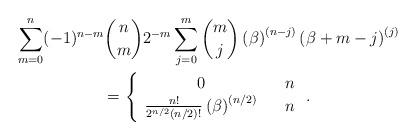
LaTeX: \begin{gather*}\sum_{m=0}^{n}(-1)^{n-m}\binom{n}{m}2^{-m}\sum_{j=0}^{m}\binom{m}{j}\left(\beta \right) ^{\left( n-j\right) }\left( \beta +m-j\right) ^{\left(j\right) } \\=\left\{ \begin{array}{ccc}0 & & n \\ \frac{n!}{2^{n/2}(n/2)!}\left( \beta \right) ^{\left( n/2\right) } & & n\end{array}\right. .\end{gather*}